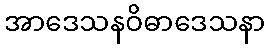
အာဒေသနဝိဓာဒေသနာ